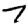
Digit: 7